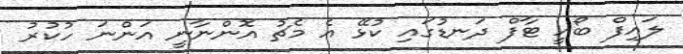
ލައިފް ބޯއީ ޓާފް ދަނޑުގައި ކުޅޭ އެ މެޗު އޮންނާނީ އަންނަ ހުކުރު